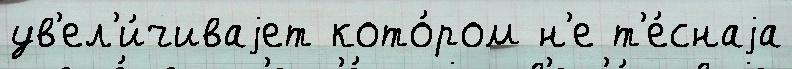
ув'ел'и́чиваjет кото́ром н'е т'е́снаjа